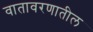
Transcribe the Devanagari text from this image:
वातावरणातील